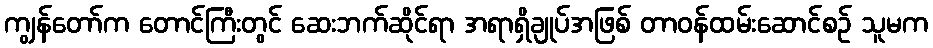
ကျွန်တော်က တောင်ကြီးတွင် ဆေးဘက်ဆိုင်ရာ အရာရှိချုပ်အဖြစ် တာဝန်ထမ်းဆောင်စဉ် သူမက